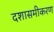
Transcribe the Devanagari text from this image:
दशासमीकरण